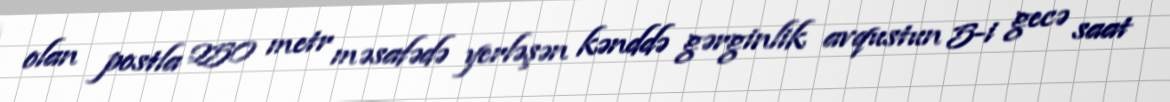
olan postla 250 metr məsafədə yerləşən kənddə gərginlik avqustun 5-i gecə saat